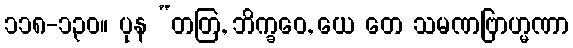
၁၁၈-၁၃၀။ ပုန “တတြ, ဘိက္ခဝေ, ယေ တေ သမဏဗြာဟ္မဏာ